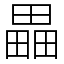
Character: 畾